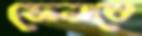
ফেনাবে